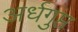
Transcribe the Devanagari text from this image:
अर्धगुप्त